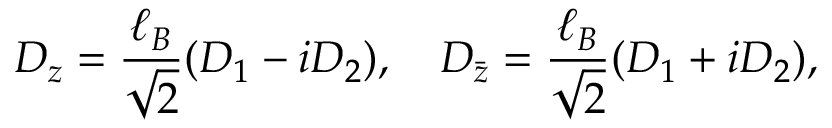
D _ { z } = \frac { \ell _ { B } } { \sqrt { 2 } } ( D _ { 1 } - i D _ { 2 } ) , \quad D _ { \bar { z } } = \frac { \ell _ { B } } { \sqrt 2 } ( D _ { 1 } + i D _ { 2 } ) ,